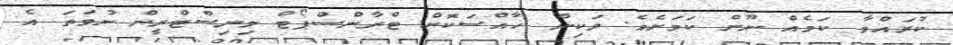
ކުރައްވާ ކަމެއް ނޫން ކަމަށެވެ. ވަކިން ޚާއްސަކޮށް ޓްރާންސްޕޯޓް މިނިސްޓްރީން ނުވަތަ އެ